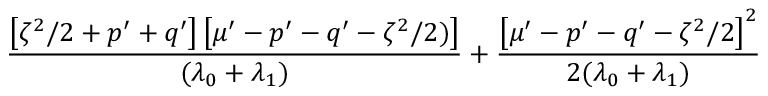
\frac { \left[ \zeta ^ { 2 } / 2 + p ^ { \prime } + q ^ { \prime } \right] \left[ \mu ^ { \prime } - p ^ { \prime } - q ^ { \prime } - \zeta ^ { 2 } / 2 ) \right] } { ( \lambda _ { 0 } + \lambda _ { 1 } ) } + \frac { \left[ \mu ^ { \prime } - p ^ { \prime } - q ^ { \prime } - \zeta ^ { 2 } / 2 \right] ^ { 2 } } { 2 ( \lambda _ { 0 } + \lambda _ { 1 } ) }